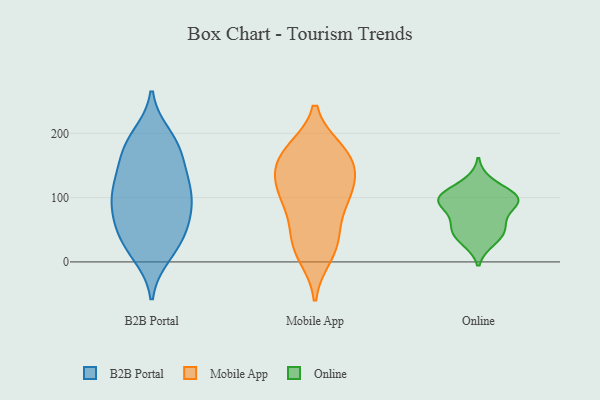
{"axis": {"x": "LTV (USD)", "y": "Value"}, "legend": ["B2B Portal", "Mobile App", "Online"], "data": [{"x": "", "y": 120, "type": "B2B Portal"}, {"x": "", "y": 99, "type": "B2B Portal"}, {"x": "", "y": 176, "type": "B2B Portal"}, {"x": "", "y": 39, "type": "B2B Portal"}, {"x": "", "y": 17, "type": "B2B Portal"}, {"x": "", "y": 56, "type": "B2B Portal"}, {"x": "", "y": 121, "type": "B2B Portal"}, {"x": "", "y": 32, "type": "B2B Portal"}, {"x": "", "y": 196, "type": "B2B Portal"}, {"x": "", "y": 136, "type": "B2B Portal"}, {"x": "", "y": 71, "type": "B2B Portal"}, {"x": "", "y": 62, "type": "B2B Portal"}, {"x": "", "y": 87, "type": "B2B Portal"}, {"x": "", "y": 11, "type": "B2B Portal"}, {"x": "", "y": 175, "type": "B2B Portal"}, {"x": "", "y": 189, "type": "B2B Portal"}, {"x": "", "y": 93, "type": "B2B Portal"}, {"x": "", "y": 115, "type": "B2B Portal"}, {"x": "", "y": 160, "type": "B2B Portal"}, {"x": "", "y": 172, "type": "Mobile App"}, {"x": "", "y": 146, "type": "Mobile App"}, {"x": "", "y": 82, "type": "Mobile App"}, {"x": "", "y": 139, "type": "Mobile App"}, {"x": "", "y": 173, "type": "Mobile App"}, {"x": "", "y": 114, "type": "Mobile App"}, {"x": "", "y": 102, "type": "Mobile App"}, {"x": "", "y": 10, "type": "Mobile App"}, {"x": "", "y": 168, "type": "Mobile App"}, {"x": "", "y": 42, "type": "Mobile App"}, {"x": "", "y": 118, "type": "Mobile App"}, {"x": "", "y": 35, "type": "Mobile App"}, {"x": "", "y": 20, "type": "Mobile App"}, {"x": "", "y": 161, "type": "Mobile App"}, {"x": "", "y": 98, "type": "Mobile App"}, {"x": "", "y": 100, "type": "Online"}, {"x": "", "y": 95, "type": "Online"}, {"x": "", "y": 93, "type": "Online"}, {"x": "", "y": 57, "type": "Online"}, {"x": "", "y": 124, "type": "Online"}, {"x": "", "y": 97, "type": "Online"}, {"x": "", "y": 103, "type": "Online"}, {"x": "", "y": 49, "type": "Online"}, {"x": "", "y": 32, "type": "Online"}, {"x": "", "y": 94, "type": "Online"}, {"x": "", "y": 65, "type": "Online"}, {"x": "", "y": 39, "type": "Online"}]}